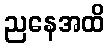
ညနေအထိ